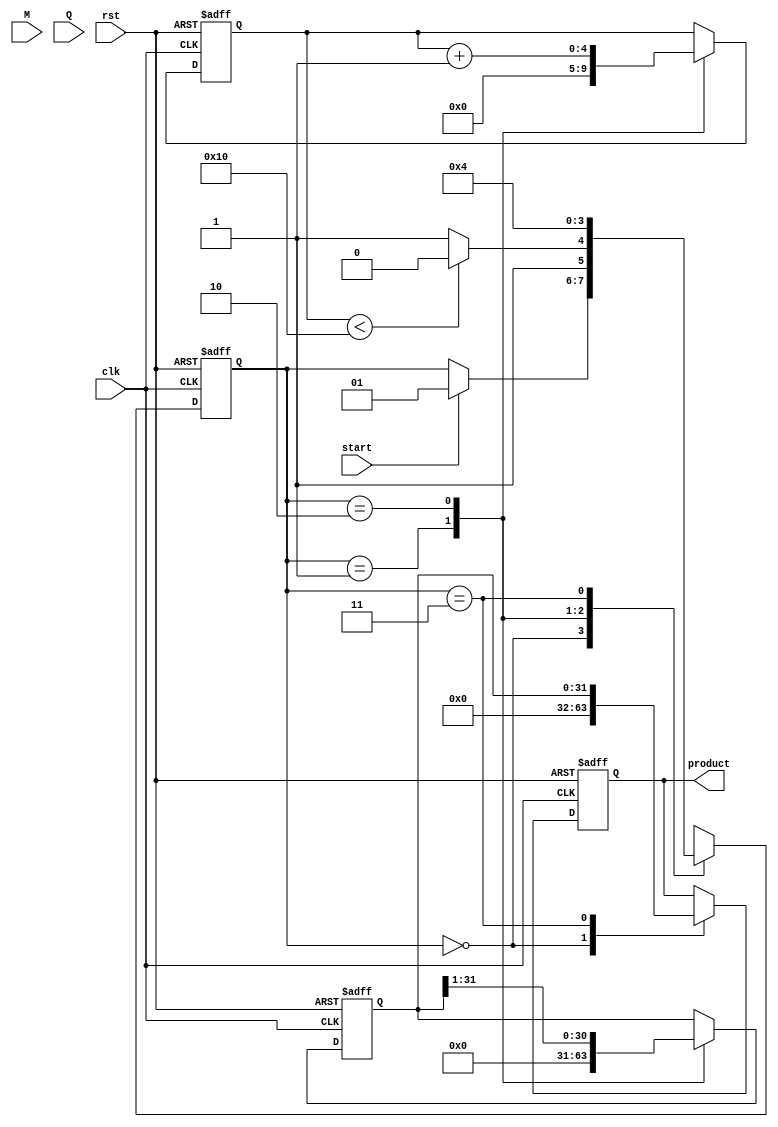
module ModifiedBoothMultiplier (
    input wire clk,                // Clock signal
    input wire rst,                // Reset signal
    input wire start,              // Start multiplication signal
    input wire signed [15:0] M,    // Multiplicand
    input wire signed [15:0] Q,    // Multiplier
    output reg signed [31:0] product // Result of the multiplication
);

    // Internal registers
    reg signed [15:0] M_reg;       // Multiplicand register
    reg signed [15:0] Q_reg;       // Multiplier register
    reg signed [31:0] A;           // Accumulator
    reg [4:0] count;               // Counter for bit processing
    reg [1:0] state;               // FSM state
    reg [1:0] next_state;          // Next state

    // FSM States
    localparam IDLE         = 2'b00,
               INIT         = 2'b01,
               CALCULATE    = 2'b10,
               DONE         = 2'b11;

    // State transition
    always @(posedge clk or posedge rst) begin
        if (rst) begin
            state <= IDLE;
        end else begin
            state <= next_state;
        end
    end

    // Next state logic and processing
    always @(*) begin
        next_state = state;
        case(state)
            IDLE: begin
                if (start) begin
                    next_state = INIT;
                end
            end
            INIT: begin
                if (count < 16) begin
                    next_state = CALCULATE;
                end else begin
                    next_state = DONE;
                end
            end
            CALCULATE: begin
                next_state = INIT; // Return to INIT for the next iteration
            end
            DONE: begin
                next_state = IDLE; // Wait for the next start
            end
        endcase
    end

    // Initialization and processing
    always @(posedge clk or posedge rst) begin
        if (rst) begin
            M_reg <= 0;
            Q_reg <= 0;
            A <= 0;
            count <= 0;
            product <= 0;
        end else begin
            case(state)
                IDLE: begin
                    product <= 0; // Reset product
                end
                INIT: begin
                    // Initialize registers
                    M_reg <= M;  // Load the multiplicand
                    Q_reg <= Q;  // Load the multiplier
                    A <= 0;      // Clear accumulator
                    count <= 0;  // Reset count
                end
                CALCULATE: begin
                    // Booth encoding logic
                    case({Q_reg[0], Q_reg[1]}) // Examine last two bits for encoding
                        2'b00: begin
                            // Do nothing
                        end
                        2'b01: begin
                            A <= A + M_reg; // Add
                        end
                        2'b10: begin
                            A <= A - M_reg; // Subtract
                        end
                        2'b11: begin
                            // Do nothing
                        end
                    endcase
                    
                    // Shift right (Arithmetic shift)
                    {A, Q_reg} <= {A, Q_reg} >> 1; // Accumulator and Q combined shifted right

                    // Increment bit counter
                    count <= count + 1;
                end
                DONE: begin
                    product <= A; // Final product in A
                end
            endcase
        end
    end
endmodule